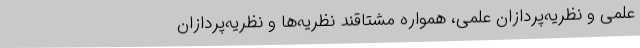
علمی و نظریه‌پردازان علمی، همواره مشتاقند نظریه‌ها و نظریه‌پردازان